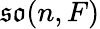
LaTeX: {\mathfrak{so}}(n,F)